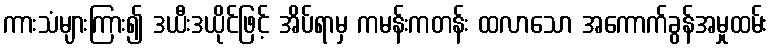
ကားသံများကြား၍ ဒယီးဒယိုင်ဖြင့် အိပ်ရာမှ ကမန်းကတန်း ထလာသော အကောက်ခွန်အမှုထမ်း